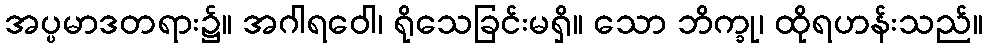
အပ္ပမာဒတရား၌။ အဂါရဝေါ၊ ရိုသေခြင်းမရှိ။ သော ဘိက္ခု၊ ထိုရဟန်းသည်။